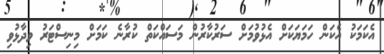
އެކަމަކު އެކަން ހަމަޔަކަށް އެޅުވުމަށް ސަރުކާރުން މަސައްކަތް ކުރާނެ ކަމަށް މިނިސްޓަރު ވިދާޅުވި